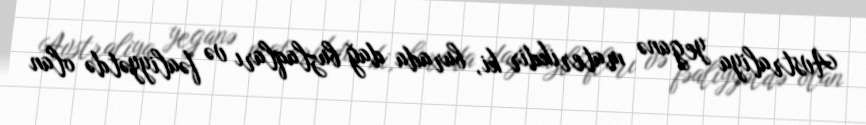
Avstraliya yeganə materikdir ki, burada dağ buzlaqları və fəaliyyətdə olan